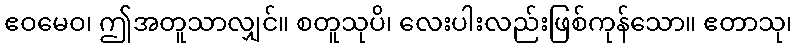
ဧဝမေဝ၊ ဤအတူသာလျှင်။ စတူသုပိ၊ လေးပါးလည်းဖြစ်ကုန်သော။ ဧတာသု၊